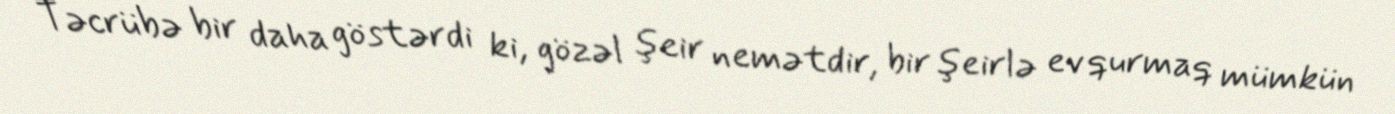
Təcrübə bir daha göstərdi ki, gözəl şeir nemətdir, bir şeirlə ev qurmaq mümkün